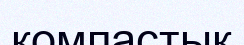
компастық